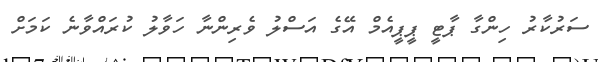
ސަރުކާރު ހިންގާ ޕާޓީ ޕީޕީއެމް އޭގެ އަސްލު ވެރިންނާ ހަވާލު ކުރައްވާނެ ކަމަށް